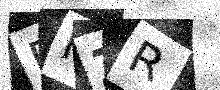
Text: PFZR